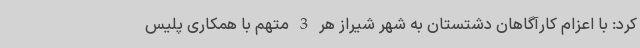
کرد: با اعزام کارآگاهان دشتستان به شهر شیراز هر 3 متهم با همکاری پلیس